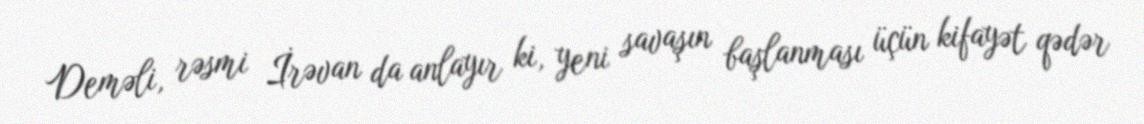
Deməli, rəsmi İrəvan da anlayır ki, yeni savaşın başlanması üçün kifayət qədər